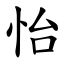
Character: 怡